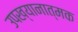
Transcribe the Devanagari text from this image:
उपख्यानात्मक